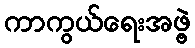
ကာကွယ်ရေးအဖွဲ့